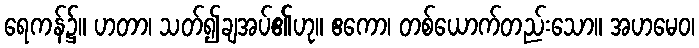
ရေကန်၌။ ဟတာ၊ သတ်၍ချအပ်၏ဟု။ ဧကော၊ တစ်ယောက်တည်းသော။ အဟမေဝ၊